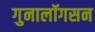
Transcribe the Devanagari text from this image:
गुनालॉगसन